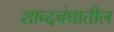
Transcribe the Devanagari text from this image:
शाब्दबंधातील